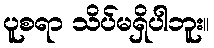
ပူစရာ သိပ်မရှိပါဘူး။